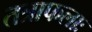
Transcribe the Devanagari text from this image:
तत्राफलाः